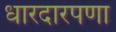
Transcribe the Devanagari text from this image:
धारदारपणा